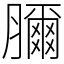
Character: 𦢈